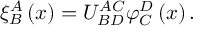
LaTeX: \xi _ { B } ^ { A } \left( x \right) = U _ { B D } ^ { A C } \varphi _ { C } ^ { D } \left( x \right) .